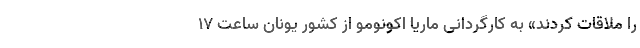
را ملاقات کردند» به کارگردانی ماریا اکونومو از کشور یونان ساعت ۱۷